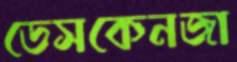
ডেসকেনজা